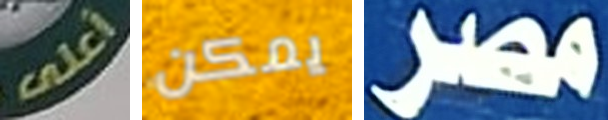
أعلى يمكن مصر